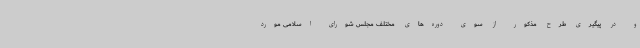
و در پیگیری طرح مذکور از سوی دوره‌های مختلف مجلس شورای اسلامی مورد